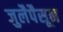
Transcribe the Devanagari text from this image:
जुलैपैसून